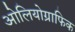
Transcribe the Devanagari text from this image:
ओलियोग्राफिक